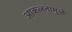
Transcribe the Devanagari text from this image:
आकलनामुळे